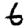
Digit: 6